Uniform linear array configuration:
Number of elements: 4
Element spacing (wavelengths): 0.25
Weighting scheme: blackman
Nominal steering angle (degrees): -30
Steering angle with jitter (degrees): -31.781
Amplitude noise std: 0.05
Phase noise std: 0.05

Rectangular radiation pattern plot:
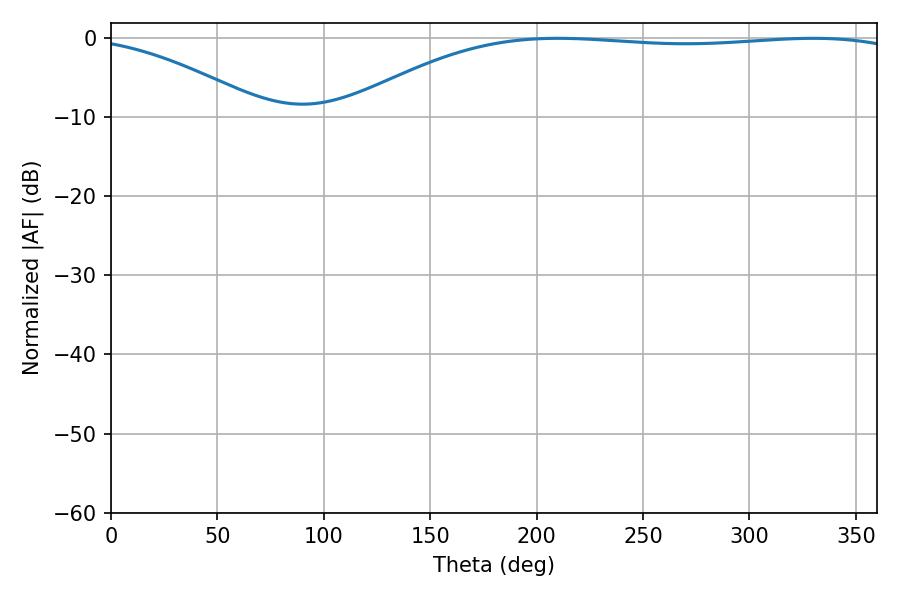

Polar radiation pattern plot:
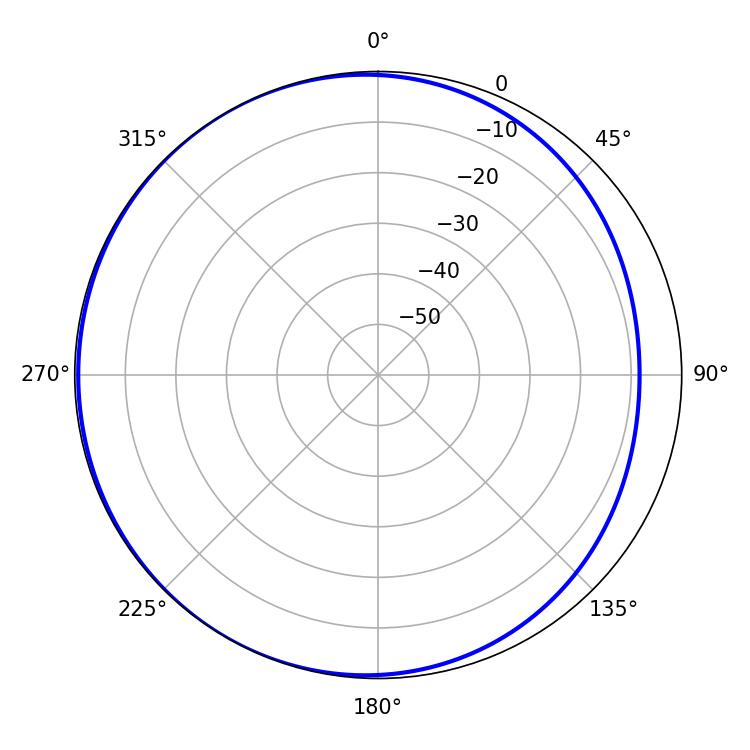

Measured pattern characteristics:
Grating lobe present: FALSE
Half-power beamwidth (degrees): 209.88
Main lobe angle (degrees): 210.06